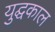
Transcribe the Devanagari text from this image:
युद्घकाल